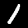
Digit: 1